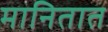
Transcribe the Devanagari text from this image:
मानितात